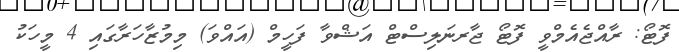
ފޮޓޯ: ރާއްޖެއެމްވީ ފޮޓޯ ޖާރނަލިސްޓް އަޝްވާ ފަހީމް (އައްވަ) މިމުޒާހަރާގައި 4 މީހަކު